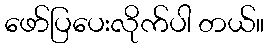
ဖော်ပြပေးလိုက်ပါ တယ်။